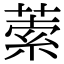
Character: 𦵫